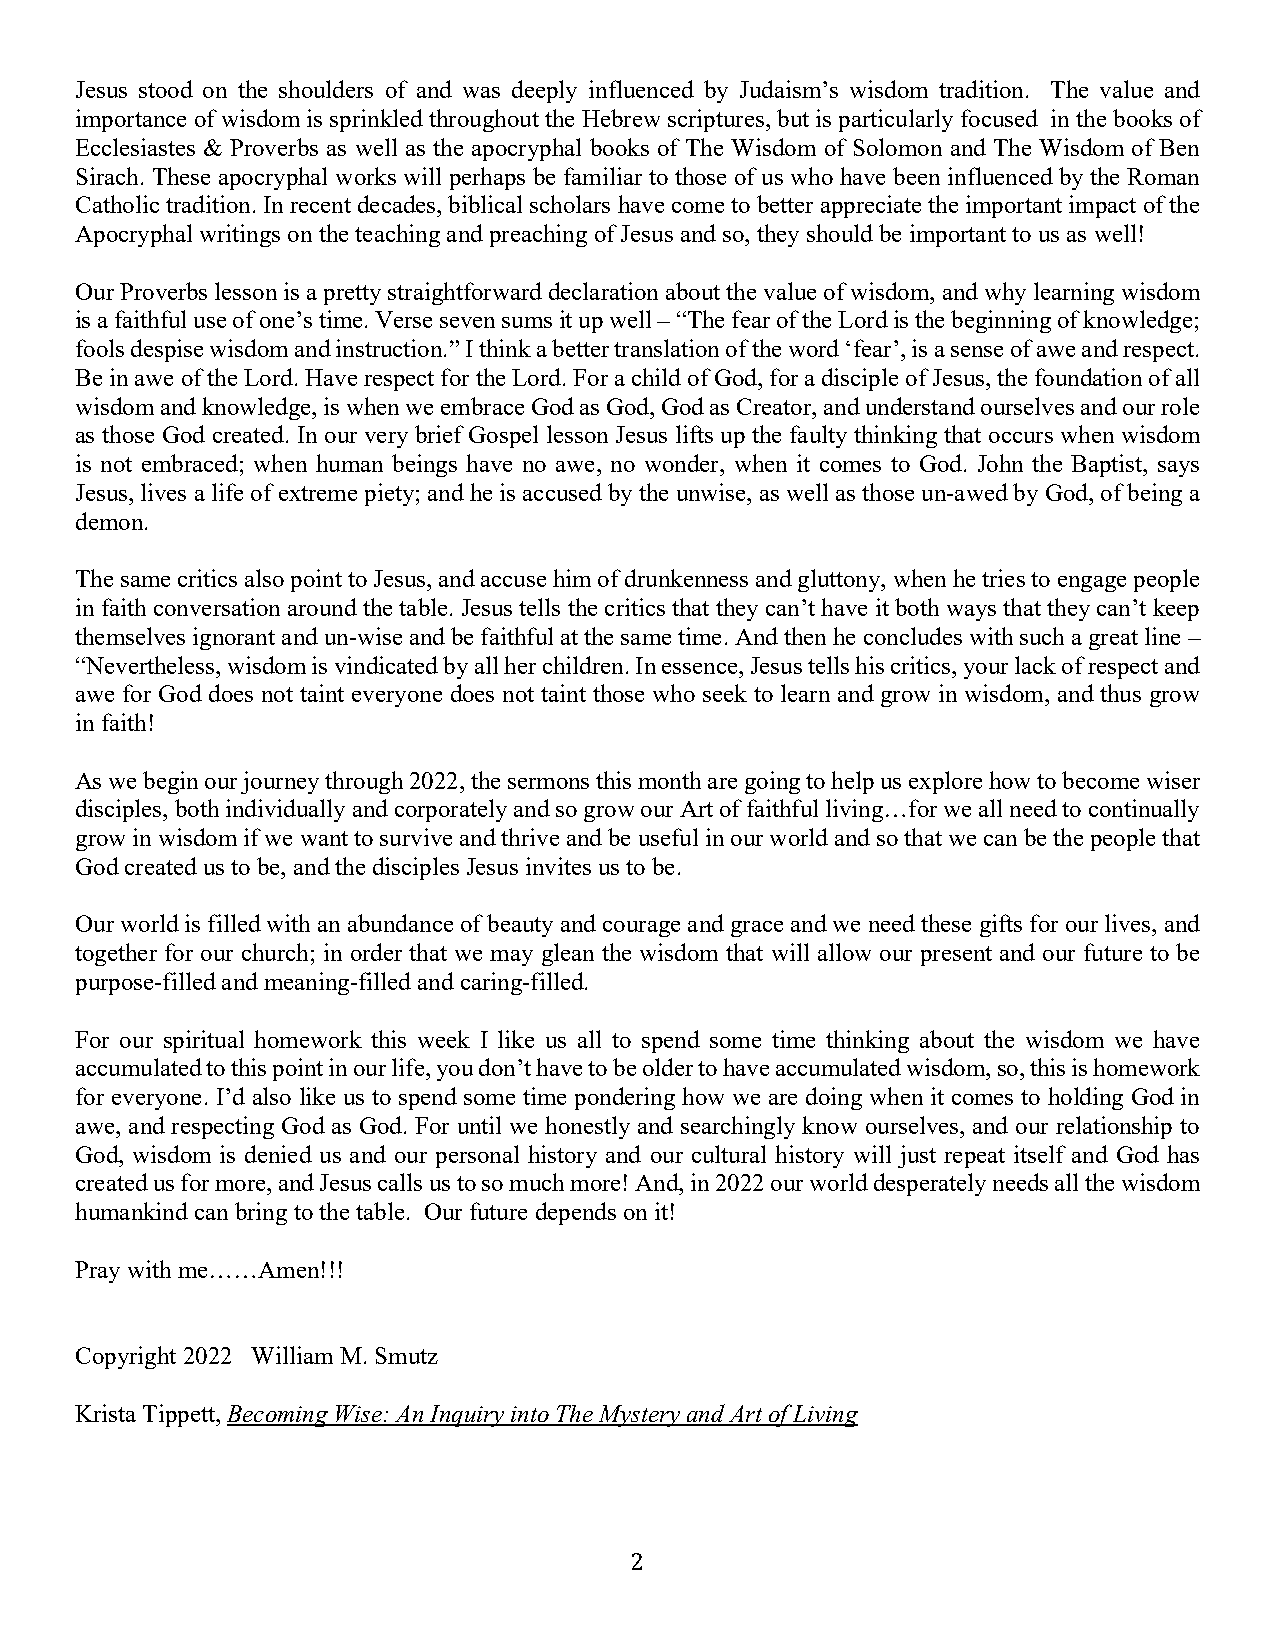
Jesus stood on the shoulders of and was deeply influenced by Judaism’s wisdom tradition. The value and
 importance of wisdom is sprinkled throughout the Hebrew scriptures, but is particularly focused in the books of
 Ecclesiastes & Proverbs as well as the apocryphal books of The Wisdom of Solomon and The Wisdom of Ben
 Sirach. These apocryphal works will perhaps be familiar to those of us who have been influenced by the Roman
 Catholic tradition. In recent decades, biblical scholars have come to better appreciate the important impact of the
 Apocryphal writings on the teaching and preaching of Jesus and so, they should be important to us as well!
 Our Proverbs lesson is a pretty straightforward declaration about the value of wisdom, and why learning wisdom
 is a faithful use of one’s time. Verse seven sums it up well – “The fear of the Lord is the beginning of knowledge;
 fools despise wisdom and instruction.” I think a better translation of the word ‘fear’, is a sense of awe and respect.
 Be in awe of the Lord. Have respect for the Lord. For a child of God, for a disciple of Jesus, the foundation of all
 wisdom and knowledge, is when we embrace God as God, God as Creator, and understand ourselves and our role
 as those God created. In our very brief Gospel lesson Jesus lifts up the faulty thinking that occurs when wisdom
 is not embraced; when human beings have no awe, no wonder, when it comes to God. John the Baptist, says
 Jesus, lives a life of extreme piety; and he is accused by the unwise, as well as those un-awed by God, of being a
 demon.
 The same critics also point to Jesus, and accuse him of drunkenness and gluttony, when he tries to engage people
 in faith conversation around the table. Jesus tells the critics that they can’t have it both ways that they can’t keep
 themselves ignorant and un-wise and be faithful at the same time. And then he concludes with such a great line –
 “Nevertheless, wisdom is vindicated by all her children. In essence, Jesus tells his critics, your lack of respect and
 awe for God does not taint everyone does not taint those who seek to learn and grow in wisdom, and thus grow
 in faith!
 As we begin our journey through 2022, the sermons this month are going to help us explore how to become wiser
 disciples, both individually and corporately and so grow our Art of faithful living…for we all need to continually
 grow in wisdom if we want to survive and thrive and be useful in our world and so that we can be the people that
 God created us to be, and the disciples Jesus invites us to be.
 Our world is filled with an abundance of beauty and courage and grace and we need these gifts for our lives, and
 together for our church; in order that we may glean the wisdom that will allow our present and our future to be
 purpose-filled and meaning-filled and caring-filled.
 For our spiritual homework this week I like us all to spend some time thinking about the wisdom we have
 accumulated to this point in our life, you don’t have to be older to have accumulated wisdom, so, this is homework
 for everyone. I’d also like us to spend some time pondering how we are doing when it comes to holding God in
 awe, and respecting God as God. For until we honestly and searchingly know ourselves, and our relationship to
 God, wisdom is denied us and our personal history and our cultural history will just repeat itself and God has
 created us for more, and Jesus calls us to so much more! And, in 2022 our world desperately needs all the wisdom
 humankind can bring to the table. Our future depends on it!
 Pray with me……Amen!!!
 Copyright 2022 William M. Smutz
 Krista Tippett, Becoming Wise: An Inquiry into The Mystery and Art of Living
 2